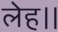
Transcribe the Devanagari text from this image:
लेह।।